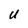
Character: U